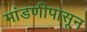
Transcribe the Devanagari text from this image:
मांडणीपासून